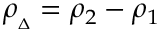
\rho _ { { } _ { \Delta } } = \rho _ { 2 } - \rho _ { 1 }